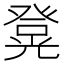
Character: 𭽄